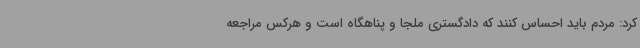
کرد: مردم باید احساس کنند که دادگستری ملجا و پناهگاه است و هرکس مراجعه